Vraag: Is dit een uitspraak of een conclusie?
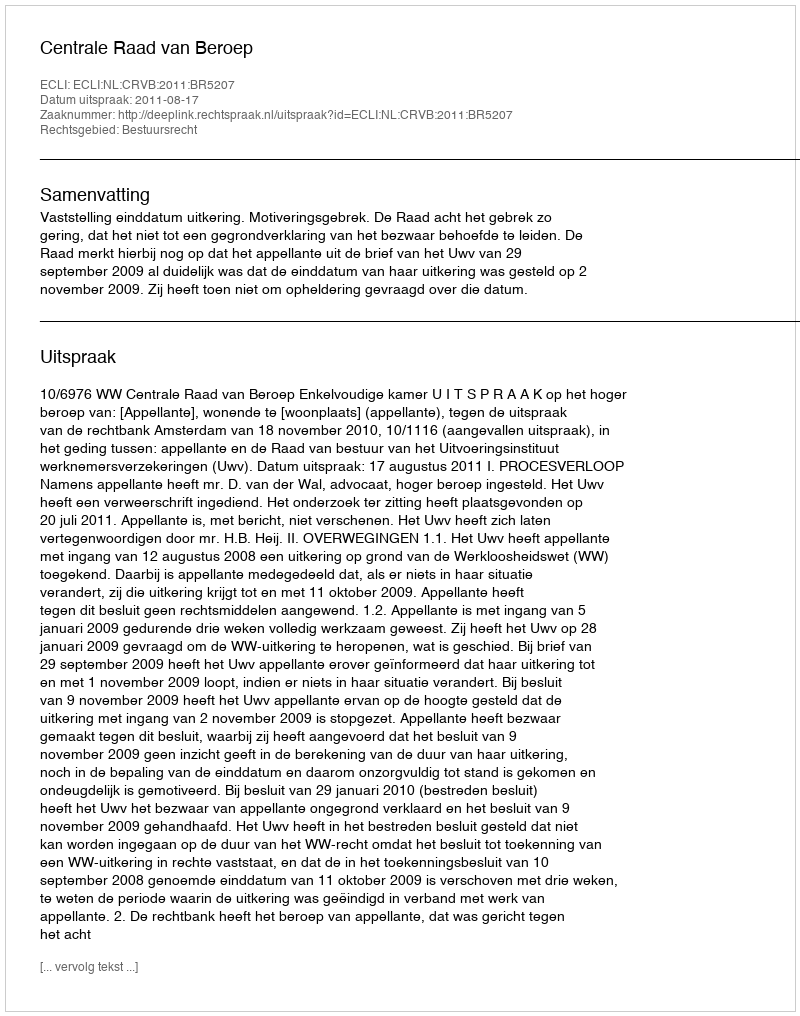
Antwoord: Uitspraak